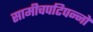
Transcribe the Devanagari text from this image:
सामीचपटिपन्नो